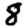
Digit: 8